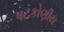
ષટકોણીય